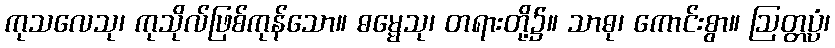
ကုသလေသု၊ ကုသိုလ်ဖြစ်ကုန်သော။ ဓမ္မေသု၊ တရားတို့၌။ သာဓု၊ ကောင်းစွာ။ ဩတ္တပ္ပံ၊